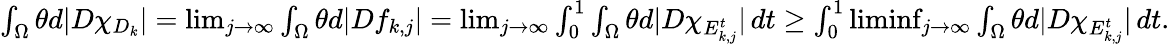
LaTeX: \begin{array}{r}{\int_{\Omega}\theta d|D\chi_{D_{k}}|=\operatorname*{lim}_{j\to\infty}\int_{\Omega}\theta d|Df_{k,j}|=\operatorname*{lim}_{j\to\infty}\int_{0}^{1}\int_{\Omega}\theta d|D\chi_{E_{k,j}^{t}}|\, dt\geq\int_{0}^{1}\operatorname*{liminf}_{j\to\infty}\int_{\Omega}\theta d|D\chi_{E_{k,j}^{t}}|\, dt.}\end{array}